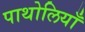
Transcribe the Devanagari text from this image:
पाथोलियाँ